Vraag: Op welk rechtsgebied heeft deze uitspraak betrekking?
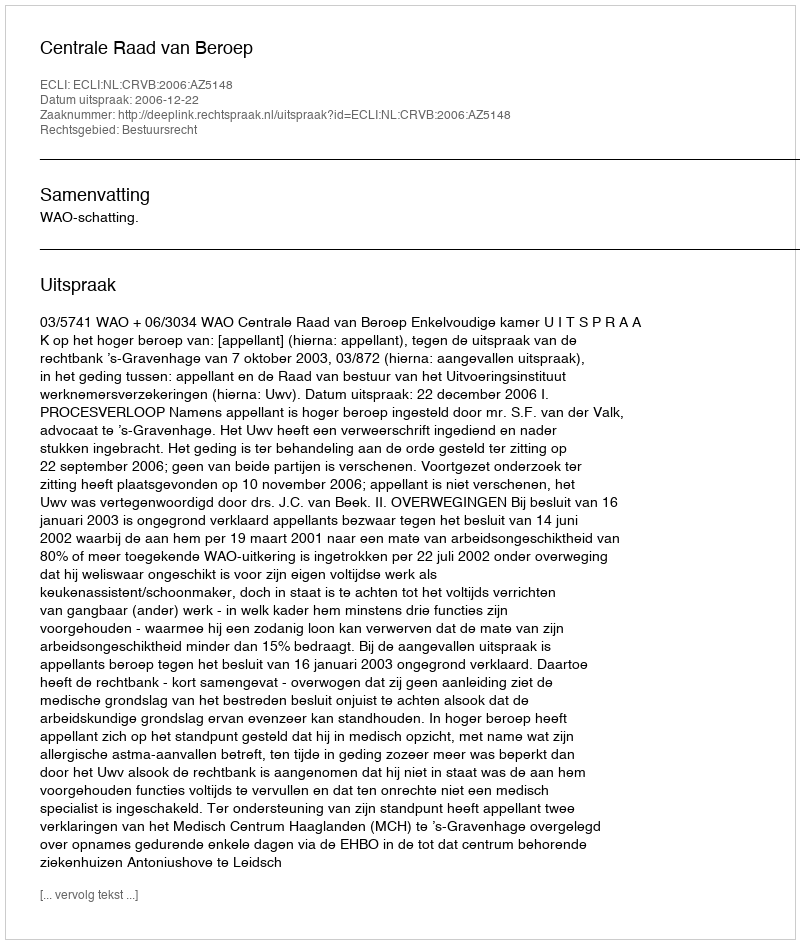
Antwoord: Bestuursrecht